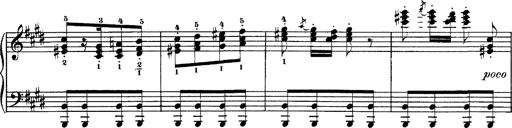
Title: Hungarian Rhapsody No.1
Composer: Franz Liszt
Key: C-sharp minor